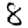
Digit: 8